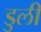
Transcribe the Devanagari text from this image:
डुली